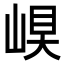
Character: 𡹊